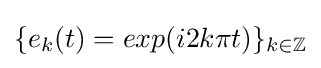
\{e_{k}(t)=exp(i2k\pi t)\}_{k\in \mathbb {Z} }